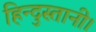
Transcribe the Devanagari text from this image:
हिन्दुस्तानी।